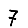
Digit: 7